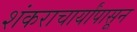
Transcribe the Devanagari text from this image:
शंकराचार्यांपासून